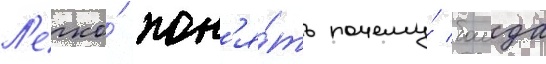
Л'егко́ пон'я́ть почему́ баида